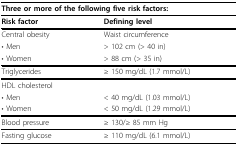
| <COLSPAN=2> Three or more of the following five risk factors: |
 | --- | --- |
 | Risk factor | Defining level |
 | Central obesity | Waist circumference |
 | • Men | > 102 cm (> 40 in) |
 | • Women | > 88 cm (> 35 in) |
 | Triglycerides | ≥ 150 mg/dL (1.7 mmol/L) |
 | HDL cholesterol |  |
 | • Men | < 40 mg/dL (1.03 mmol/L) |
 | • Women | < 50 mg/dL (1.29 mmol/L) |
 | Blood pressure | ≥ 130/≥ 85 mm Hg |
 | Fasting glucose | ≥ 110 mg/dL (6.1 mmol/L) |